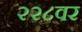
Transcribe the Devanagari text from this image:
२२८वर